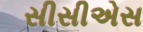
સીસીએસ